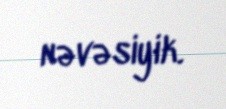
nəvəsiyik.